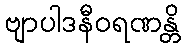
ဗျာပါဒနီဝရဏန္တိ